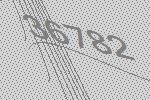
36782